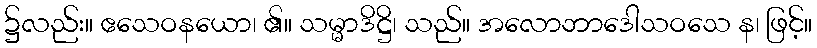
၌လည်း။ ဧသေဝနယော၊ ၏။ သမ္မာဒိဋ္ဌိ၊ သည်။ အလောဘာဒေါသဝသေ န၊ ဖြင့်။